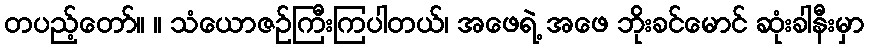
တပည့်တော်။ ။ သံယောဇဉ်ကြီးကြပါတယ်၊ အဖေရဲ့ အဖေ ဘိုးခင်မောင် ဆုံးခါနီးမှာ